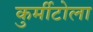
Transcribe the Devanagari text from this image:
कुर्मीटोला